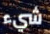
شيء